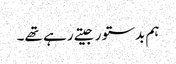
ہم بدستور جیتے رہے تھے۔